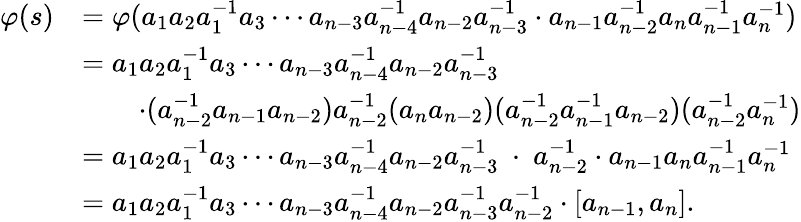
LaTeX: \begin{array}{rl}{\varphi(s)}&{=\varphi(a_{1}a_{2}a_{1}^{-1}a_{3}\cdots a_{n-3}a_{n-4}^{-1}a_{n-2}a_{n-3}^{-1}\cdot a_{n-1}a_{n-2}^{-1}a_{n}a_{n-1}^{-1}a_{n}^{-1})}\\ &{=a_{1}a_{2}a_{1}^{-1}a_{3}\cdots a_{n-3}a_{n-4}^{-1}a_{n-2}a_{n-3}^{-1}}\\ &{\qquad\cdot(a_{n-2}^{-1}a_{n-1}a_{n-2})a_{n-2}^{-1}(a_{n}a_{n-2})(a_{n-2}^{-1}a_{n-1}^{-1}a_{n-2})(a_{n-2}^{-1}a_{n}^{-1})}\\ &{=a_{1}a_{2}a_{1}^{-1}a_{3}\cdots a_{n-3}a_{n-4}^{-1}a_{n-2}a_{n-3}^{-1}\ \cdot\ a_{n-2}^{-1}\cdot a_{n-1}a_{n}a_{n-1}^{-1}a_{n}^{-1}}\\ &{=a_{1}a_{2}a_{1}^{-1}a_{3}\cdots a_{n-3}a_{n-4}^{-1}a_{n-2}a_{n-3}^{-1}a_{n-2}^{-1}\cdot[a_{n-1},a_{n}].}\end{array}